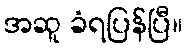
အဆူ ခံရပြန်ပြီ။